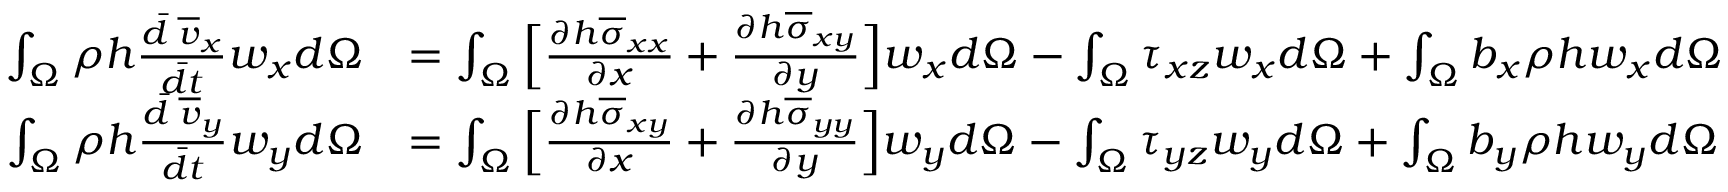
\begin{array} { r l } { \int _ { \Omega } \rho h \frac { \Bar { d } \; \overline { { v } } _ { x } } { \Bar { d t } } w _ { x } d \Omega } & { = \int _ { \Omega } \Big [ \frac { \partial h \overline { { \sigma } } _ { x x } } { \partial x } + \frac { \partial h \overline { { \sigma } } _ { x y } } { \partial y } \Big ] w _ { x } d \Omega - \int _ { \Omega } \tau _ { x z } w _ { x } d \Omega + \int _ { \Omega } b _ { x } \rho h w _ { x } d \Omega } \\ { \int _ { \Omega } \rho h \frac { \Bar { d } \; \overline { { v } } _ { y } } { \Bar { d t } } w _ { y } d \Omega } & { = \int _ { \Omega } \Big [ \frac { \partial h \overline { { \sigma } } _ { x y } } { \partial x } + \frac { \partial h \overline { { \sigma } } _ { y y } } { \partial y } \Big ] w _ { y } d \Omega - \int _ { \Omega } \tau _ { y z } w _ { y } d \Omega + \int _ { \Omega } b _ { y } \rho h w _ { y } d \Omega } \end{array}